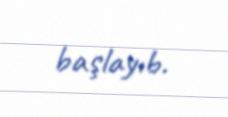
başlayıb.